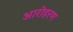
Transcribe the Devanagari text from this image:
आरोहरण